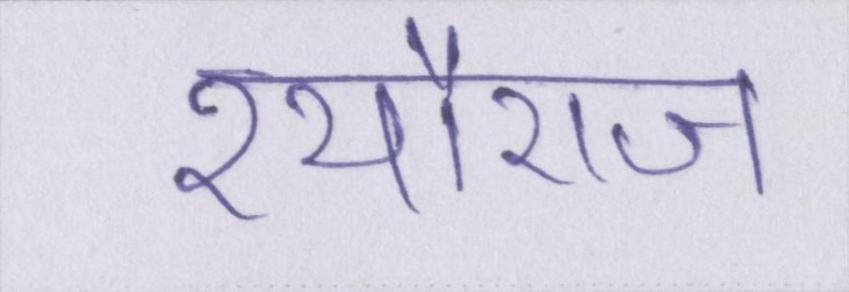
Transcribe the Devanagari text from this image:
श्यौराज